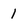
Character: 1